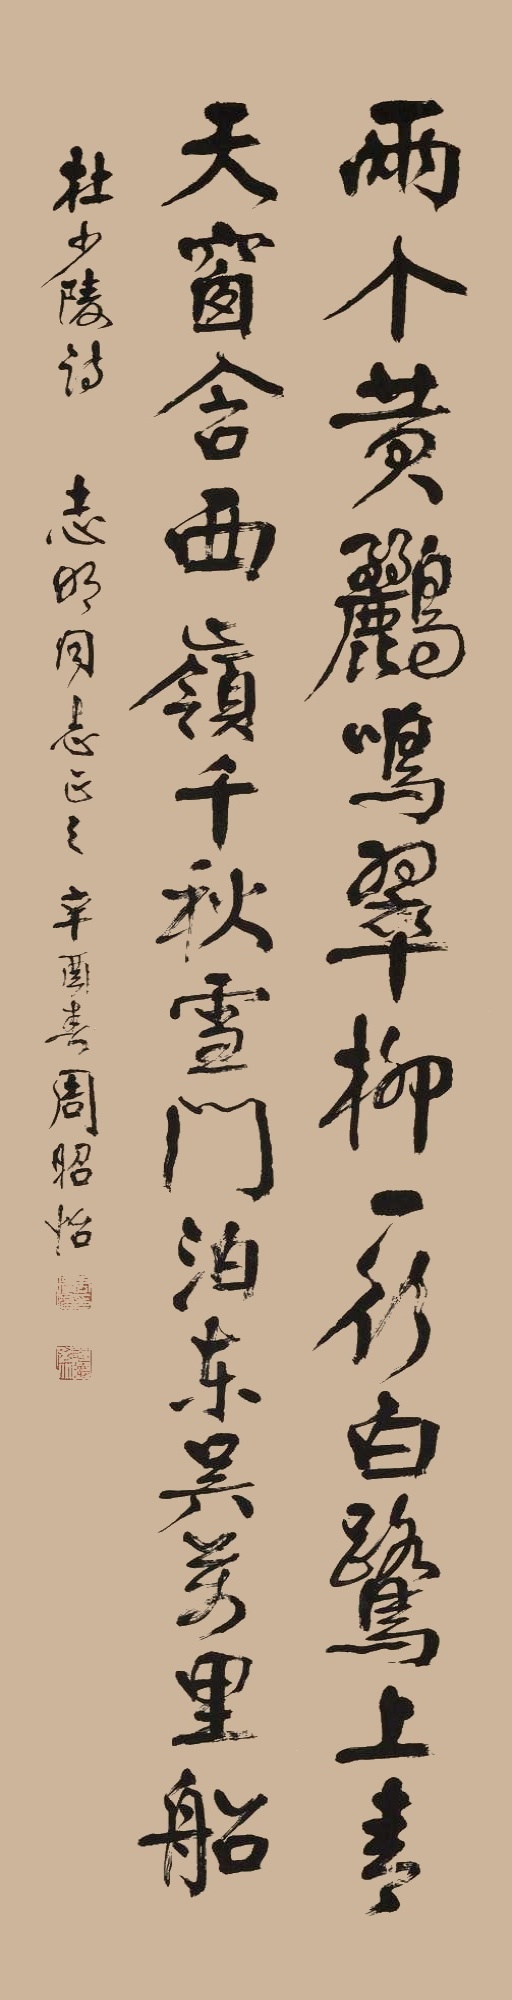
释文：两个黄鹂鸣翠柳，一行白鹭上青天。窗含西岭千秋雪，门泊东吴万里船。杜少陵诗，志明同志正之，辛酉春周昭怡。